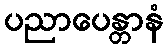
ပညာပေန္တာနံ